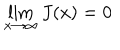
\lim _ { x \to \infty } J ( x ) = 0